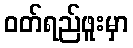
ဝတ်ရည်ဖူးမှာ